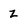
Character: z